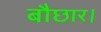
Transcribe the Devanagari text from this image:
बौछार।